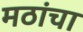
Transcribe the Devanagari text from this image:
मठांचा